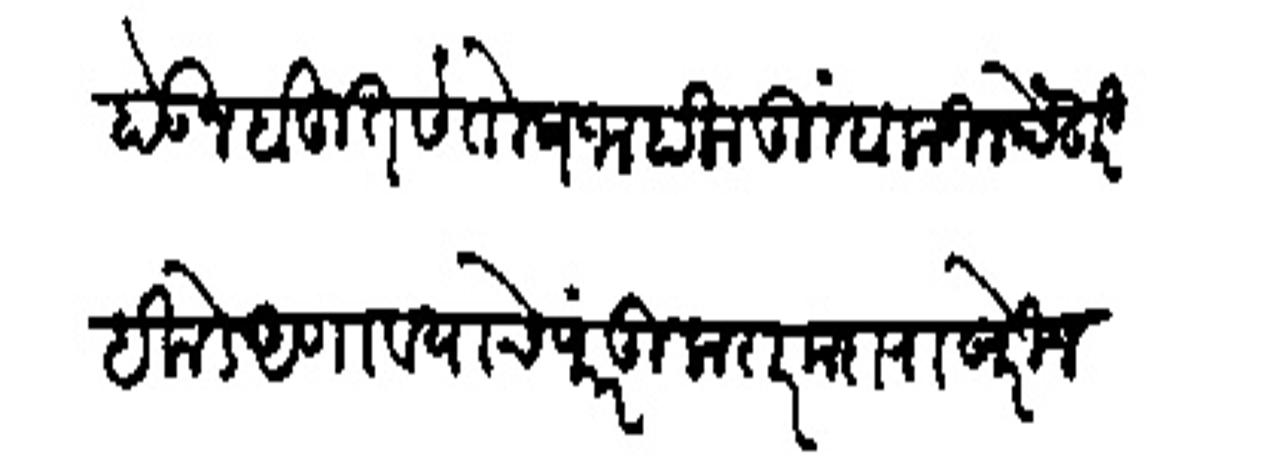
Transliteration (Devanagari): होऊन बहुत संतोष जाहाला तुम्हाकडील पेंदारी इकडे आणावयाचे परंतु करार मदाराखेरीज